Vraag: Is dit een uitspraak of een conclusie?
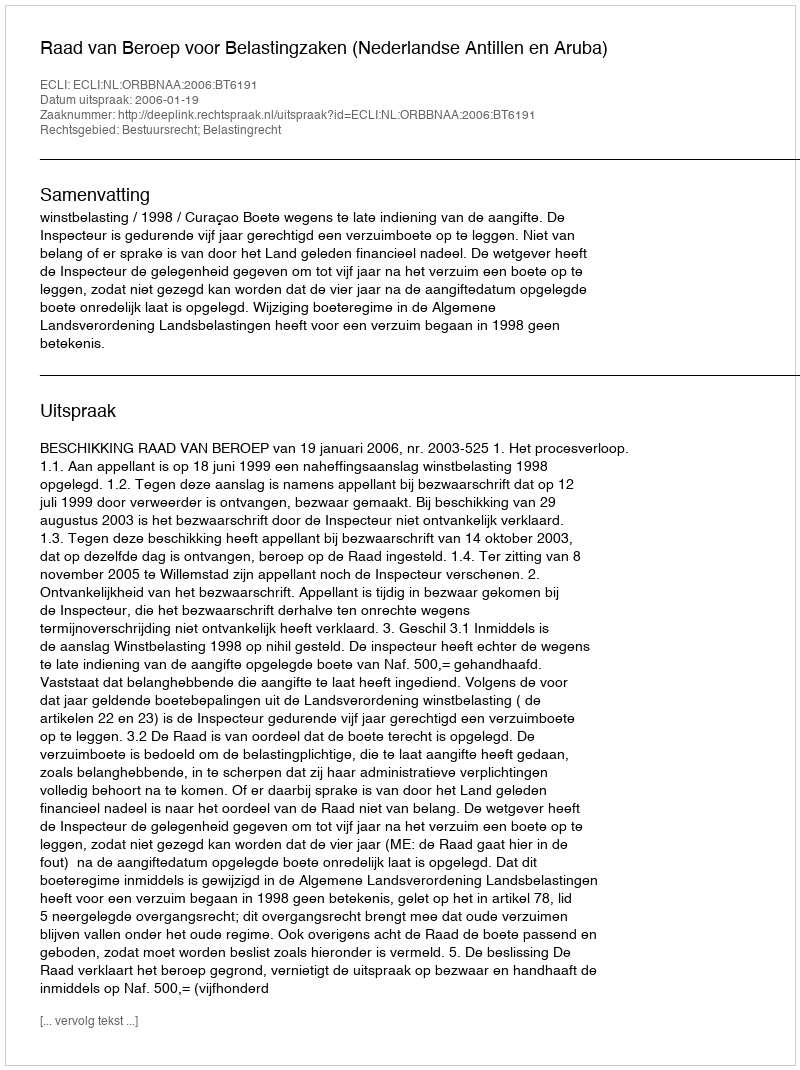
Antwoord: Uitspraak